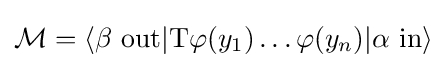
{\mathcal {M}}=\langle \beta \ \mathrm {out} |\mathrm {T} \varphi (y_{1})\ldots \varphi (y_{n})|\alpha \ \mathrm {in} \rangle